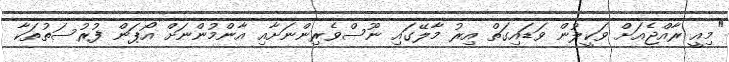
"މިއީ ރާއްޖެއަށް ވަކީލުން ވަޑައިގަތް އިރު މާލޭގައި ނޫސްވެރިންނަށާއި އާންމުންނަށް އޯޕަން ފުރުސަތުތަކާ